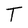
Character: T